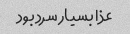
عذا بسیار سرد بود